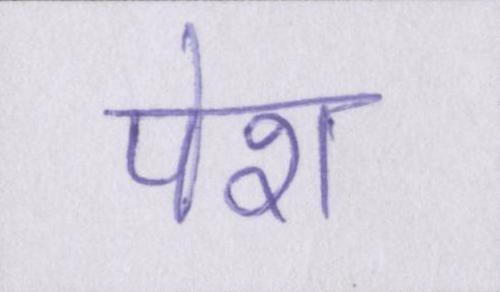
पेश